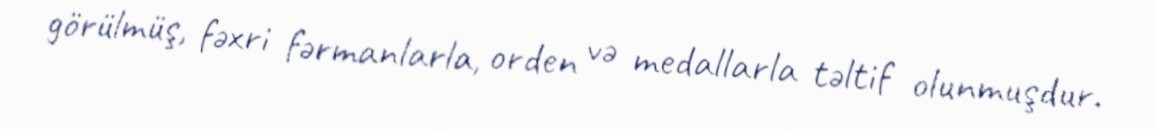
görülmüş, fəxri fərmanlarla, orden və medallarla təltif olunmuşdur.